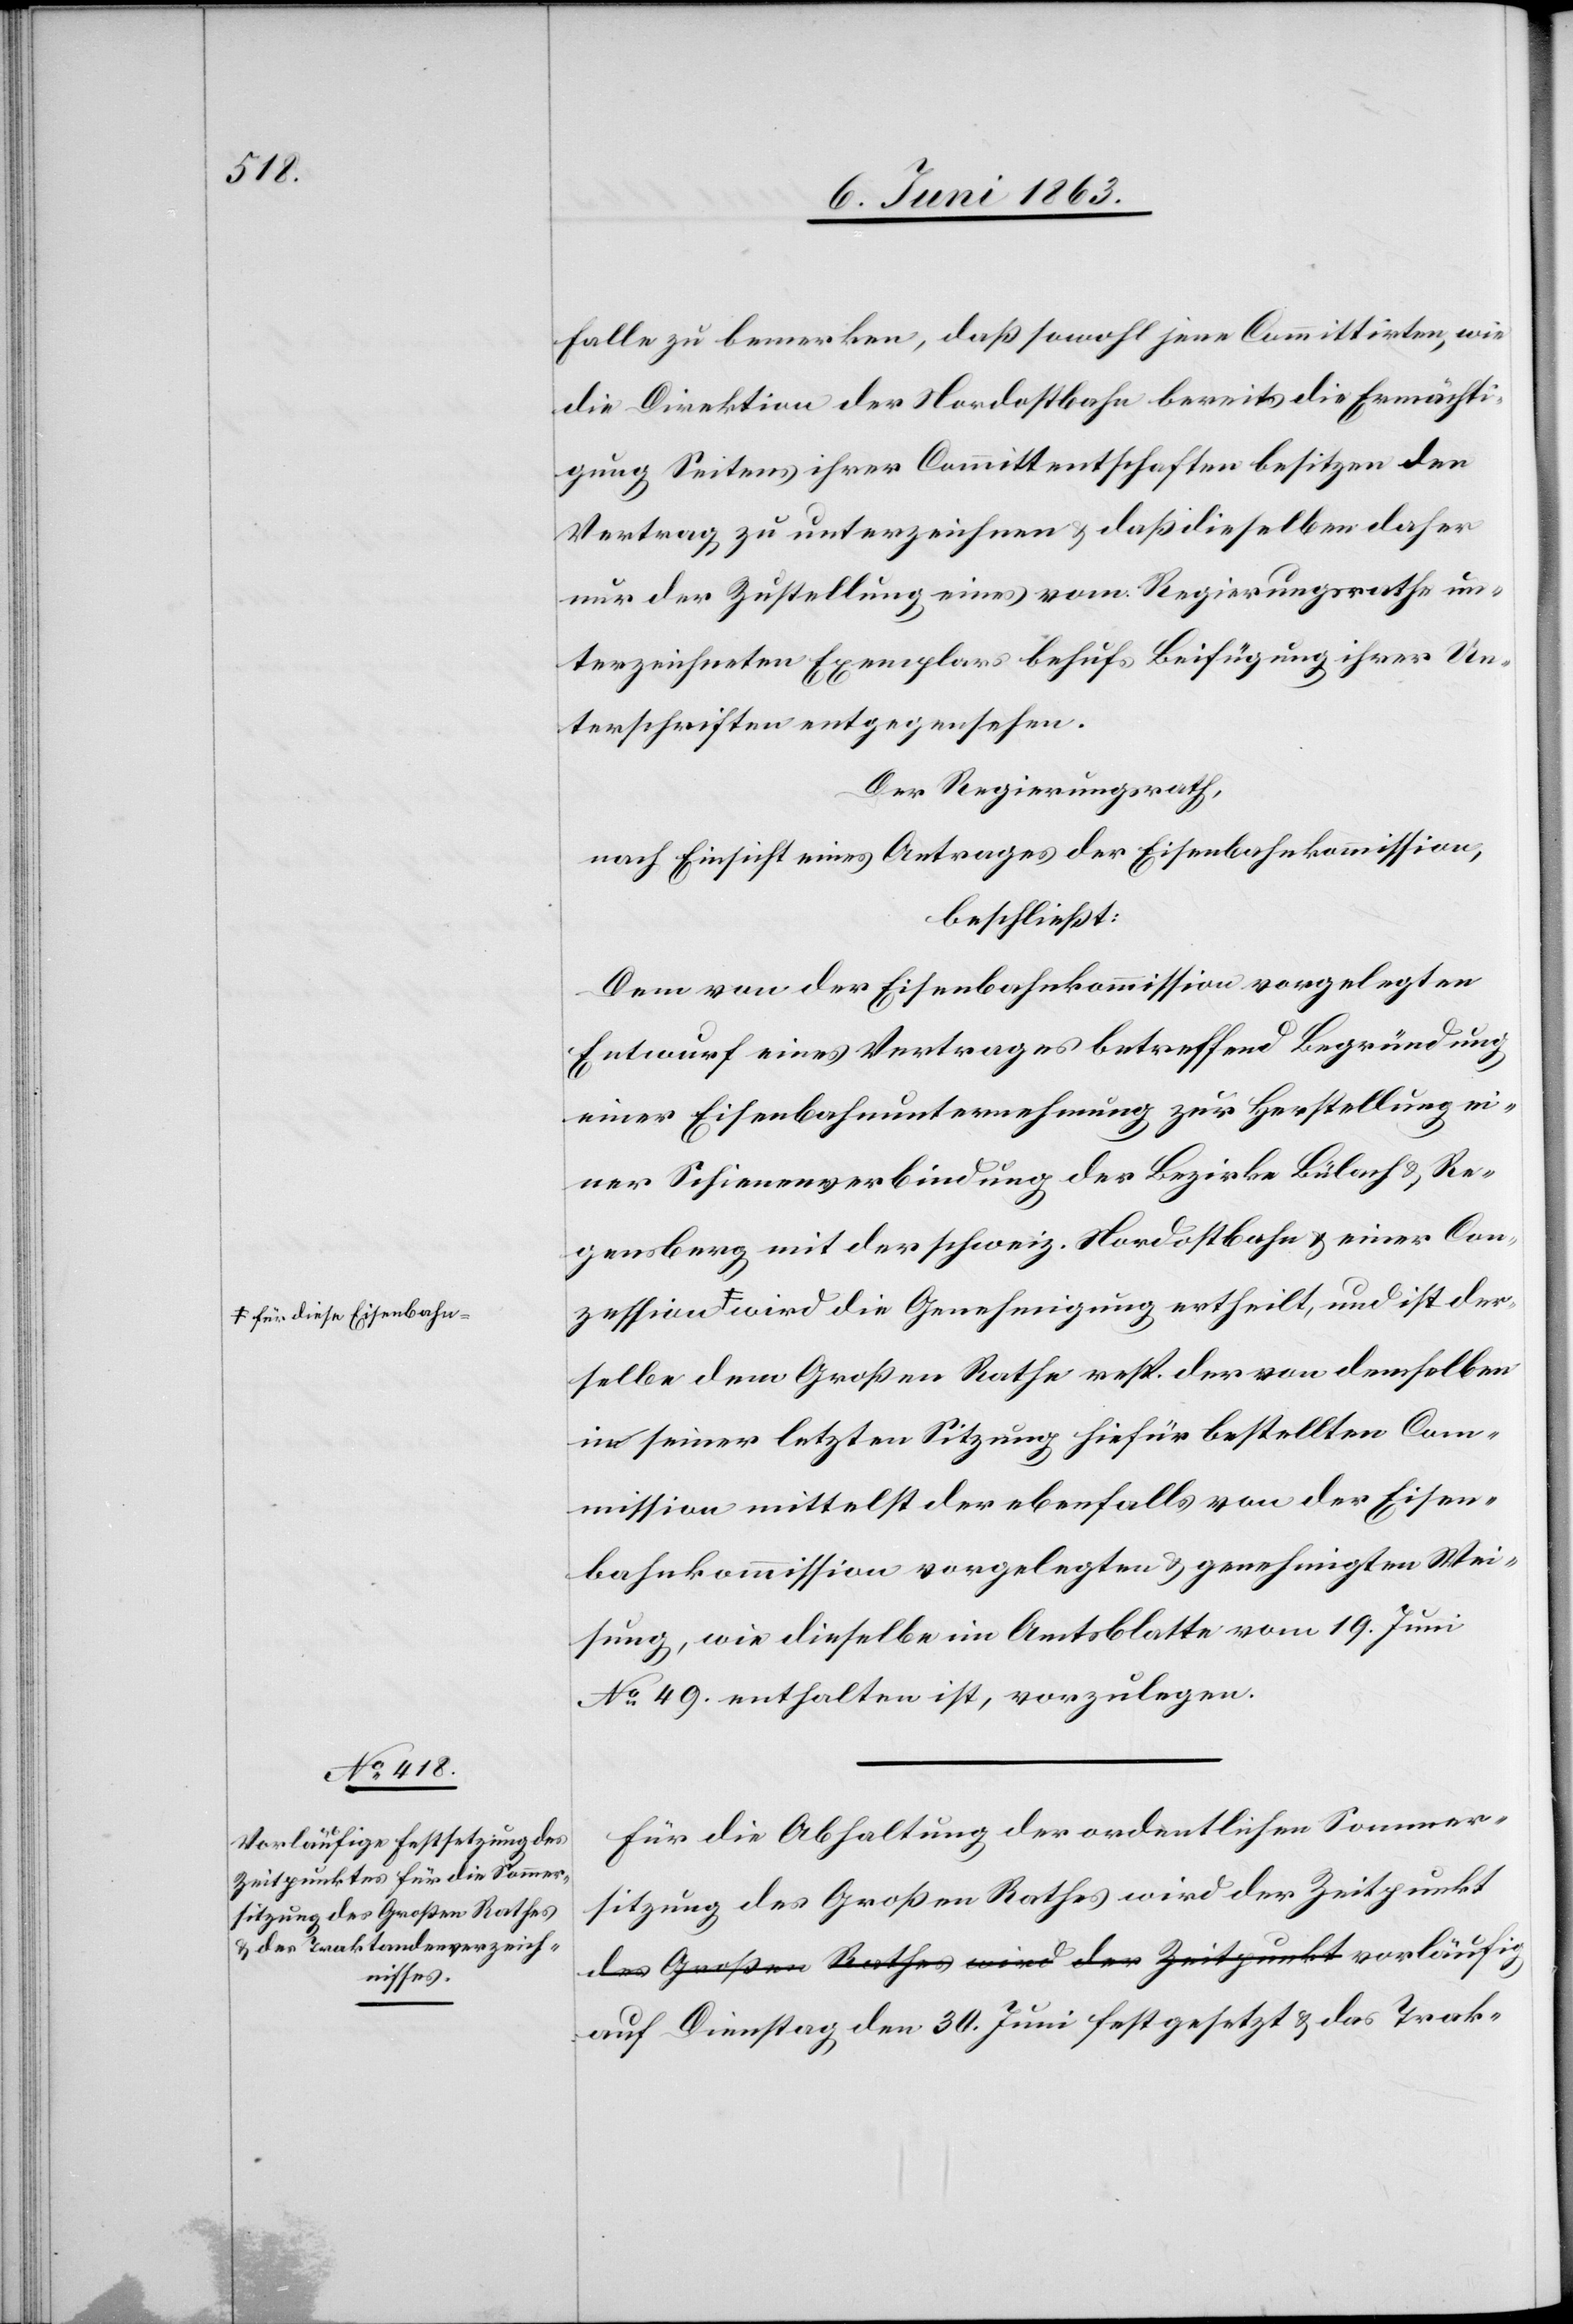
a-für diese Eisenbahn-a
ist der¬

Falle zu bemerken, daß sowohl jene Commitirten, wie
die Direktion der Nordostbahn bereits die Ermächti¬
gung Seitens ihrer Commitentschaften besitzen den
Vertrag zu unterzeichnen & daß dieselben daher
nur der Zustellung eines vom Regierungsrathe un¬
terzeichneten Exemplars behufs Beifügung ihrer Un¬
terschriften entgegensehen.
Der Regierungsrath,
nach Einsicht eines Antrages der Eisenbahnkommission,
beschließt:
Dem von der Eisenbahnkommission vorgelegten
Entwurf eines Vertrages betreffend Begründung
einer Eisenbahnunternehmung zur Herstellung ei¬
ner Schienenverbindung der Bezirke Bülach & Re¬
gensberg mit der schweiz. Nordostbahn & einer Con¬
selbe dem Großen Rathe resp. der von demselben
in seiner letzten Sitzung hiefür bestellten Com¬
mission mittelst der ebenfalls von der Eisen¬
bahnkommission vorgelegten & genehmigten Wei¬
sung, wie dieselbe im Amtsblatte vom 19. Juni
No 49. enthalten ist, vorzulegen.
Für die Abhaltung der ordentlichen Sommer¬
sitzung des Großen Rathes wird der Zeitpunkt
auf Dienstag den 30. Juni festgesetzt & das Trak-